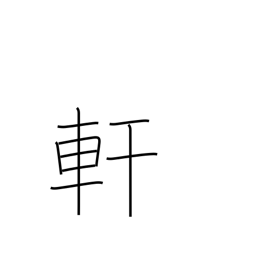
Meaning: eaves